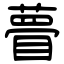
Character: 瞢